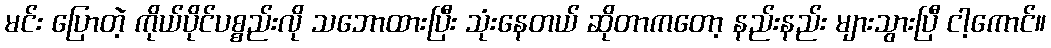
မင်း ပြောတဲ့ ကိုယ်ပိုင်ပစ္စည်းလို သဘောထားပြီး သုံးနေတယ် ဆိုတာကတော့ နည်းနည်း များသွားပြီ ငါ့ကောင်။